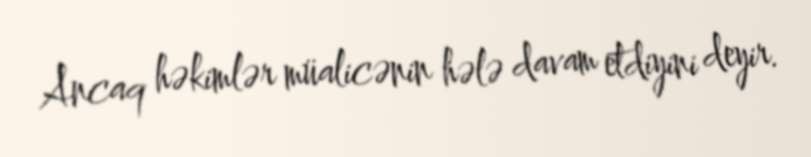
Ancaq həkimlər müalicənin hələ davam etdiyini deyir.